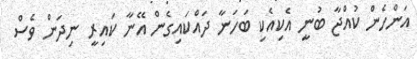
އަންހެން ކުއްޖާ ބުނީ އެކިއެކި ބަހަނާ ދައްކަައިގެން އޭނާ ކައިރީ ނިދަން ވެސް